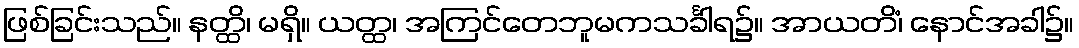
ဖြစ်ခြင်းသည်။ နတ္ထိ၊ မရှိ။ ယတ္ထ၊ အကြင်တေဘူမကသင်္ခါရ၌။ အာယတိံ၊ နောင်အခါ၌။